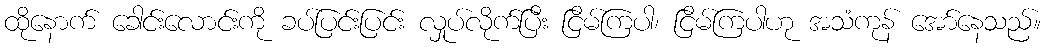
ထိုနောက် ခေါင်းလောင်းကို ခပ်ပြင်းပြင်း လှုပ်လိုက်ပြီး ငြိမ်ကြပါ၊ ငြိမ်ကြပါဟု အသံကုန် အော်နေသည်။